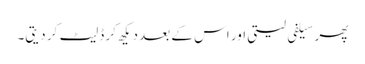
پھر سیلفی لیتی اور اس کے بعد دیکھ کر ڈلیٹ کر دیتی۔